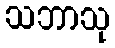
သဘာသု